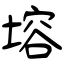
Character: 塎